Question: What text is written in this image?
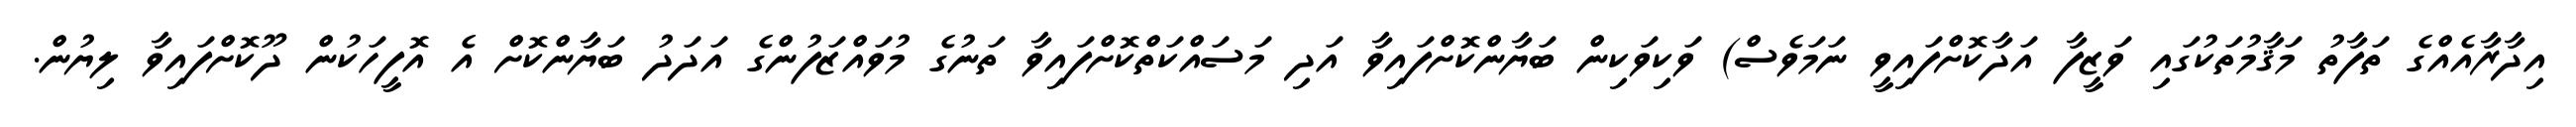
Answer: އިދާރާއެއްގެ ތަފާތު މަޤާމުތަކުގައި ވަޒީފާ އަދާކޮށްފައިވީ ނަމަވެސް) ވަކިވަކިން ބަޔާންކޮށްފައިވާ އަދި މަސައްކަތްކޮށްފައިވާ ތަނުގެ މުވައްޒަފުންގެ އަދަދު ބަޔާންކޮށް އެ އޮފީހަކުން ދޫކޮށްފައިވާ ލިޔުން.